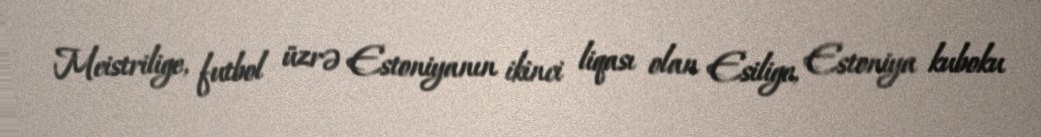
Meistrilige, futbol üzrə Estoniyanın ikinci liqası olan Esilige, Estoniya kuboku